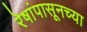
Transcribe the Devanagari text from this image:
रेषांपासूनच्या